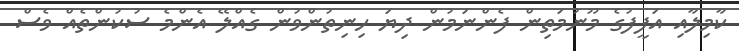
ކާމިލާއި އަފީފުގެ މޫނުމަތިން ފެންނަމުން ދިޔަ ހިނިތުންވުން ގެއްލޭ އެންމެ ސުކުންތެއް ވެސް